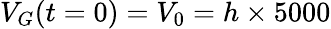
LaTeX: V_{G}(t=0)=V_{0}=h\times 5000